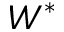
W ^ { * }